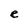
Character: e